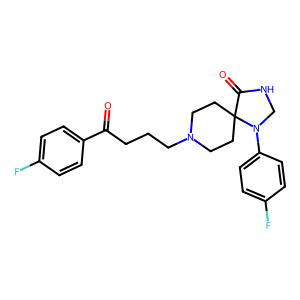
SMILES: O=C(CCCN1CCC2(CC1)C(=O)NCN2c1ccc(F)cc1)c1ccc(F)cc1
Inhibits HIV replication: No